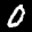
Label: 0